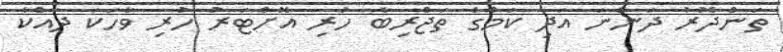
ތަންދޮރު ދަންނަ އަދި ކަމުގެ ތަޖްރިބާ ހުރި އޮށްޓަރު ހުރި ވާހަކަ ދައްކާ